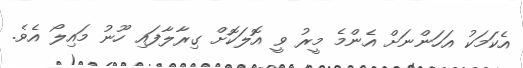
އެކަމަކު އަހަންނަށް އެންމެ މީރު ވީ އޮލަކޮށް ގިރާލާފައި ހޫނު މައިލޯ އެވެ.